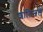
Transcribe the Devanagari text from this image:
शांतिजल